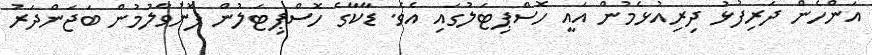
އަންހެން ދަރިފުޅު ދިރިއުޅެމުން އައީ ހޮސްޕިޓަލުގައި އެވެ. ޑާކާގެ ހޮސްޕިޓަލުން ފޮނުވާލުމުން ބަޖަންދަރު